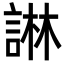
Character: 諃